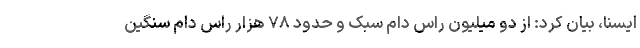
ایسنا، بیان کرد: از دو میلیون راس دام سبک و حدود ۷۸ هزار راس دام سنگین